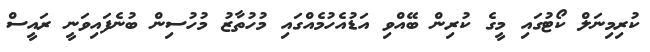
ކުރިމިނަލް ކޯޓުގައި މީގެ ކުރިން ބޭއްވި އަޑުއެހުމެއްގައި މުހުތާޒު މުހުސިން ބުނެފައިވަނީ ރައީސް